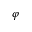
\varphi